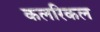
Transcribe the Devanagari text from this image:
कलरिकल